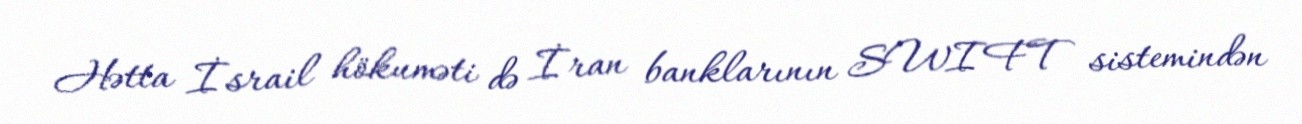
Hətta İsrail hökuməti də İran banklarının SWIFT sistemindən